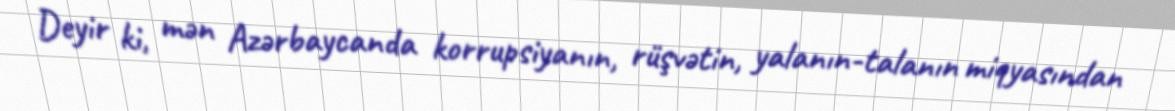
Deyir ki, mən Azərbaycanda korrupsiyanın, rüşvətin, yalanın-talanın miqyasından